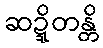
ဆဍ္ဍိတန္တိ